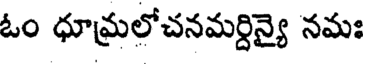
ఓం ధూమ్రలోచనమర్దిన్యై నమః